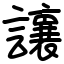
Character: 𫟝